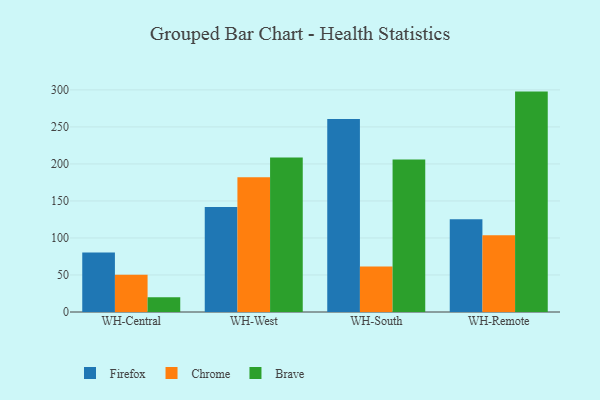
{"axis": {"x": "Warehouse", "y": "Operating Costs (USD K)"}, "legend": ["Brave", "Chrome", "Firefox"], "data": [{"x": "WH-Central", "y": 80.4, "type": "Firefox"}, {"x": "WH-Central", "y": 50.3, "type": "Chrome"}, {"x": "WH-Central", "y": 19.8, "type": "Brave"}, {"x": "WH-West", "y": 141.8, "type": "Firefox"}, {"x": "WH-West", "y": 181.9, "type": "Chrome"}, {"x": "WH-West", "y": 208.8, "type": "Brave"}, {"x": "WH-South", "y": 260.8, "type": "Firefox"}, {"x": "WH-South", "y": 61.6, "type": "Chrome"}, {"x": "WH-South", "y": 205.9, "type": "Brave"}, {"x": "WH-Remote", "y": 125.2, "type": "Firefox"}, {"x": "WH-Remote", "y": 103.8, "type": "Chrome"}, {"x": "WH-Remote", "y": 297.7, "type": "Brave"}]}